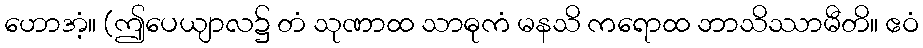
ဟောအံ့။ (ဤပေယျာလ၌ တံ သုဏာထ သာဓုကံ မနသိ ကရောထ ဘာသိဿာမီတိ။ ဧဝံ